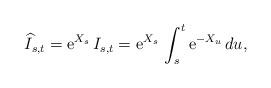
LaTeX: \begin{align*}\widehat I_{s,t}={\rm e}^{X_s}\, I_{s,t}={\rm e}^{X_s}\,\int_s^t {\rm e}^{-X_u}\, du,\end{align*}